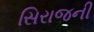
સિરાજની